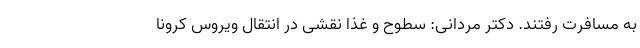
به مسافرت رفتند. دکتر مردانی: سطوح و غذا نقشی در انتقال ویروس کرونا